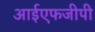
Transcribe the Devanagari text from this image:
आईएफजीपी